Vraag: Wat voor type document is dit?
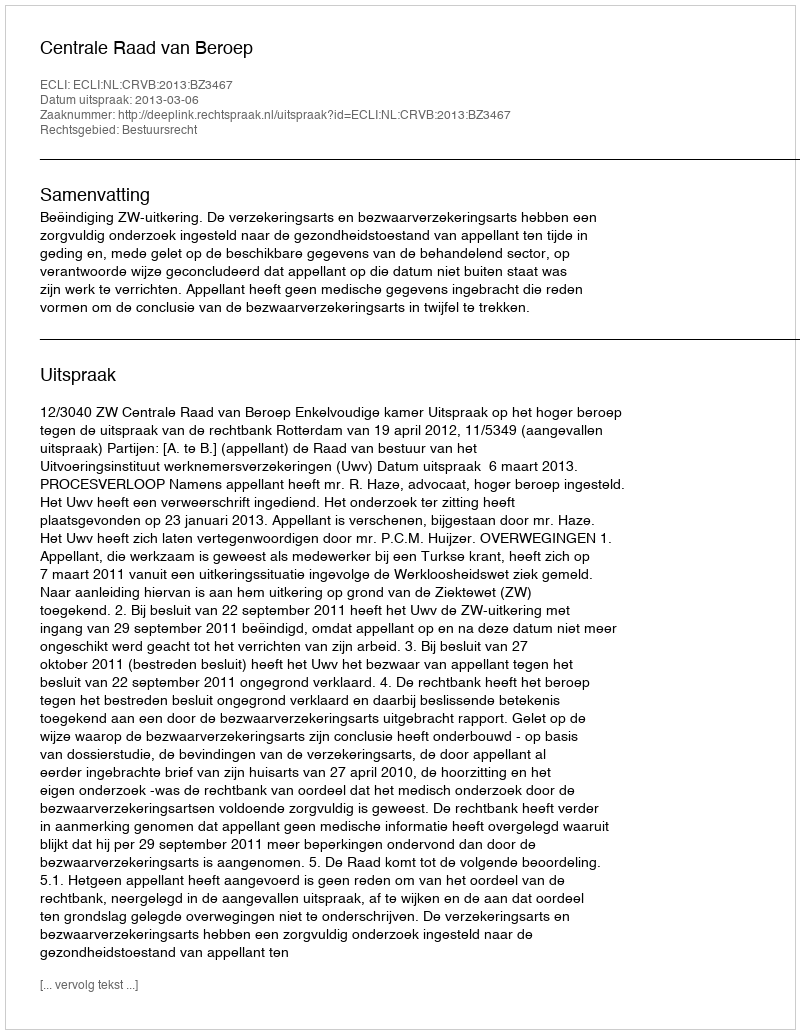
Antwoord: Uitspraak